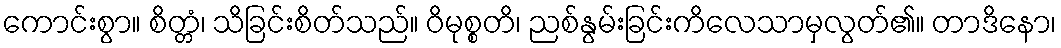
ကောင်းစွာ။ စိတ္တံ၊ သိခြင်းစိတ်သည်။ ဝိမုစ္စတိ၊ ညစ်နွမ်းခြင်းကိလေသာမှလွတ်၏။ တာဒိနော၊